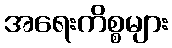
အရေးကိစ္စများ